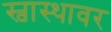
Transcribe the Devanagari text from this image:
स्वास्थावर